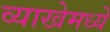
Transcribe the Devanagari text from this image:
व्याखेमध्ये